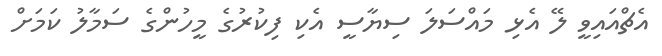
އެޗްއައިވީ ލޭ އެޅި މައްސަލަ ސިޔާސީ އެކި ފިކުރުގެ މީހުންގެ ސަމާލު ކަމަށް